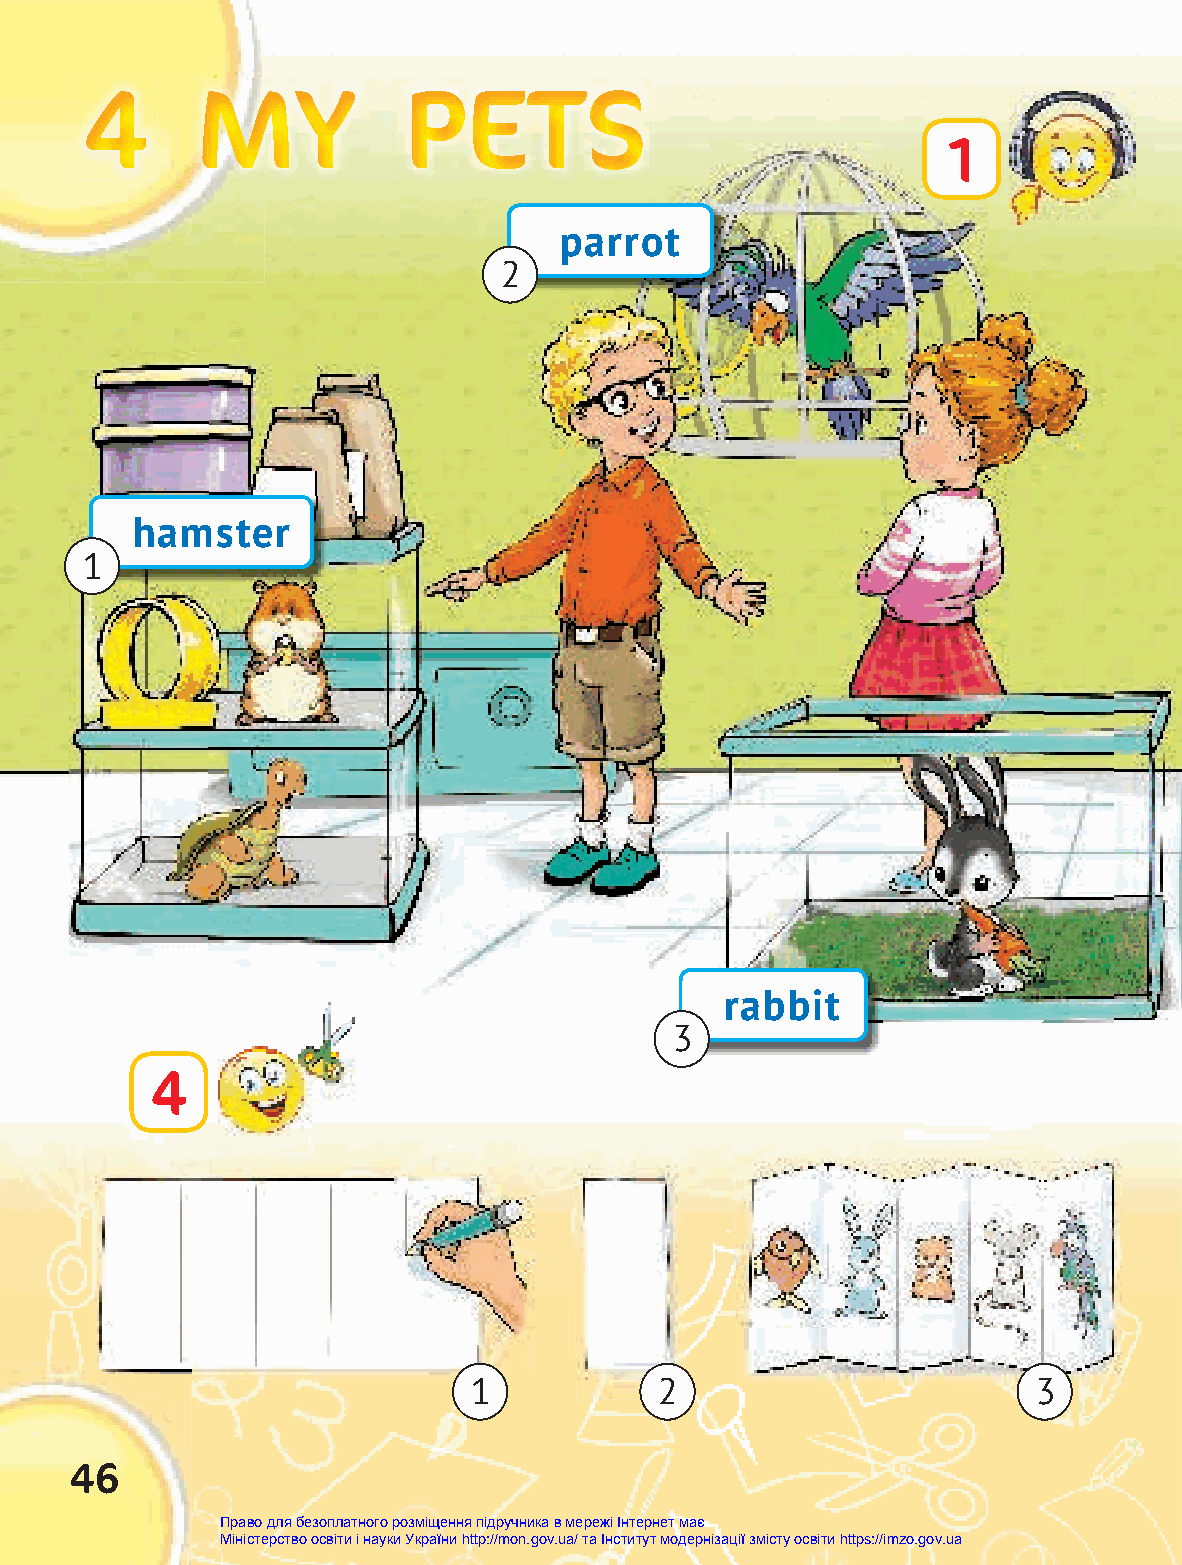
444    MMMMMMYYYYYY  PPPPPPEEEEEETTTTTTSSSSSS
 1
 parrot
 2
 hamster
 1
 rabbit
 3
 4
 1            2                        3
 46
 Право для безоплатного розміщення підручника в мережі Інтернет має
 Міністерство освіти і науки України http://mon.gov.ua/ та Інститут модернізації змісту освіти https://imzo.gov.ua